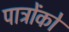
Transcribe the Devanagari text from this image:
पात्रोंको